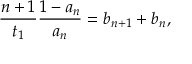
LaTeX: \frac { n + 1 } { t _ { 1 } } \frac { 1 - a _ { n } } { a _ { n } } = b _ { n + 1 } + b _ { n } ,